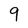
Character: 9